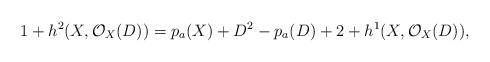
LaTeX: \begin{align*}1+h^2(X,\mathcal O_X(D))=p_a(X)+D^ 2-p_a(D)+2+ h^1(X,\mathcal O_X(D)),\end{align*}